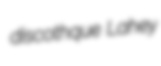
discothque Lahey